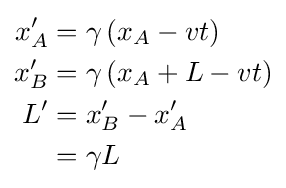
{\begin{aligned}x'_{A}&=\gamma \left(x_{A}-vt\right)\\x'_{B}&=\gamma \left(x_{A}+L-vt\right)\\L'&=x'_{B}-x'_{A}\\&=\gamma L\end{aligned}}